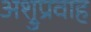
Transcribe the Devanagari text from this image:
अश्रुप्रवाह